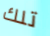
تلك